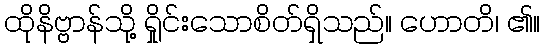
ထိုနိဗ္ဗာန်သို့ ရှိုင်းသောစိတ်ရှိသည်။ ဟောတိ၊ ၏။